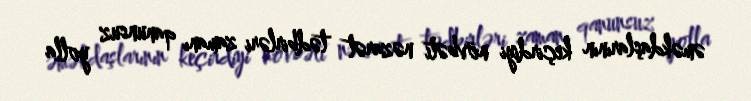
əməkdaşlarının keçirdiyi növbəti nəzarət tədbirləri zamanı qanunsuz yolla